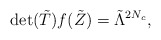
\begin{align*}{\rm det}({\tilde T})f({\tilde Z}) = {\tilde \Lambda}^{2N_c},\end{align*}